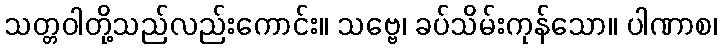
သတ္တဝါတို့သည်လည်းကောင်း။ သဗ္ဗေ၊ ခပ်သိမ်းကုန်သော။ ပါဏာစ၊